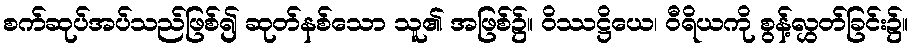
စက်ဆုပ်အပ်သည်ဖြစ်၍ ဆုတ်နစ်သော သူ၏ အဖြစ်၌။ ဝိဿဋ္ဌိယေ၊ ဝီရိယကို စွန့်လွှတ်ခြင်း၌။